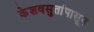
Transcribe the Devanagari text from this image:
केशवसुतांपासून